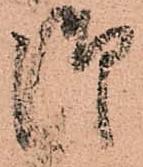
御